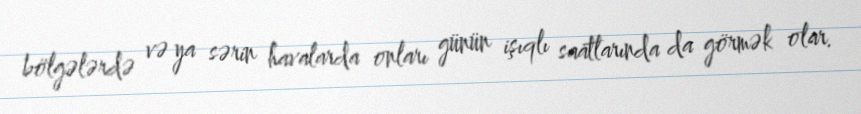
bölgələrdə və ya sərin havalarda onları günün işıqlı saatlarında da görmək olar.